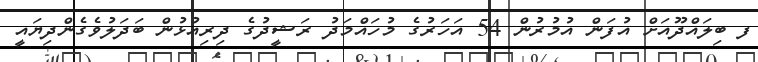
ފ ބިލައްދޫއަށް އުފަން އުމުރުން 54 އަހަރުގެ މުހައްމަދު ރަޝީދުގެ ދިރިއުޅުން ބަދަލުވެގެންދިޔައީ